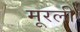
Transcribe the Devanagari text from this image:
मूरली